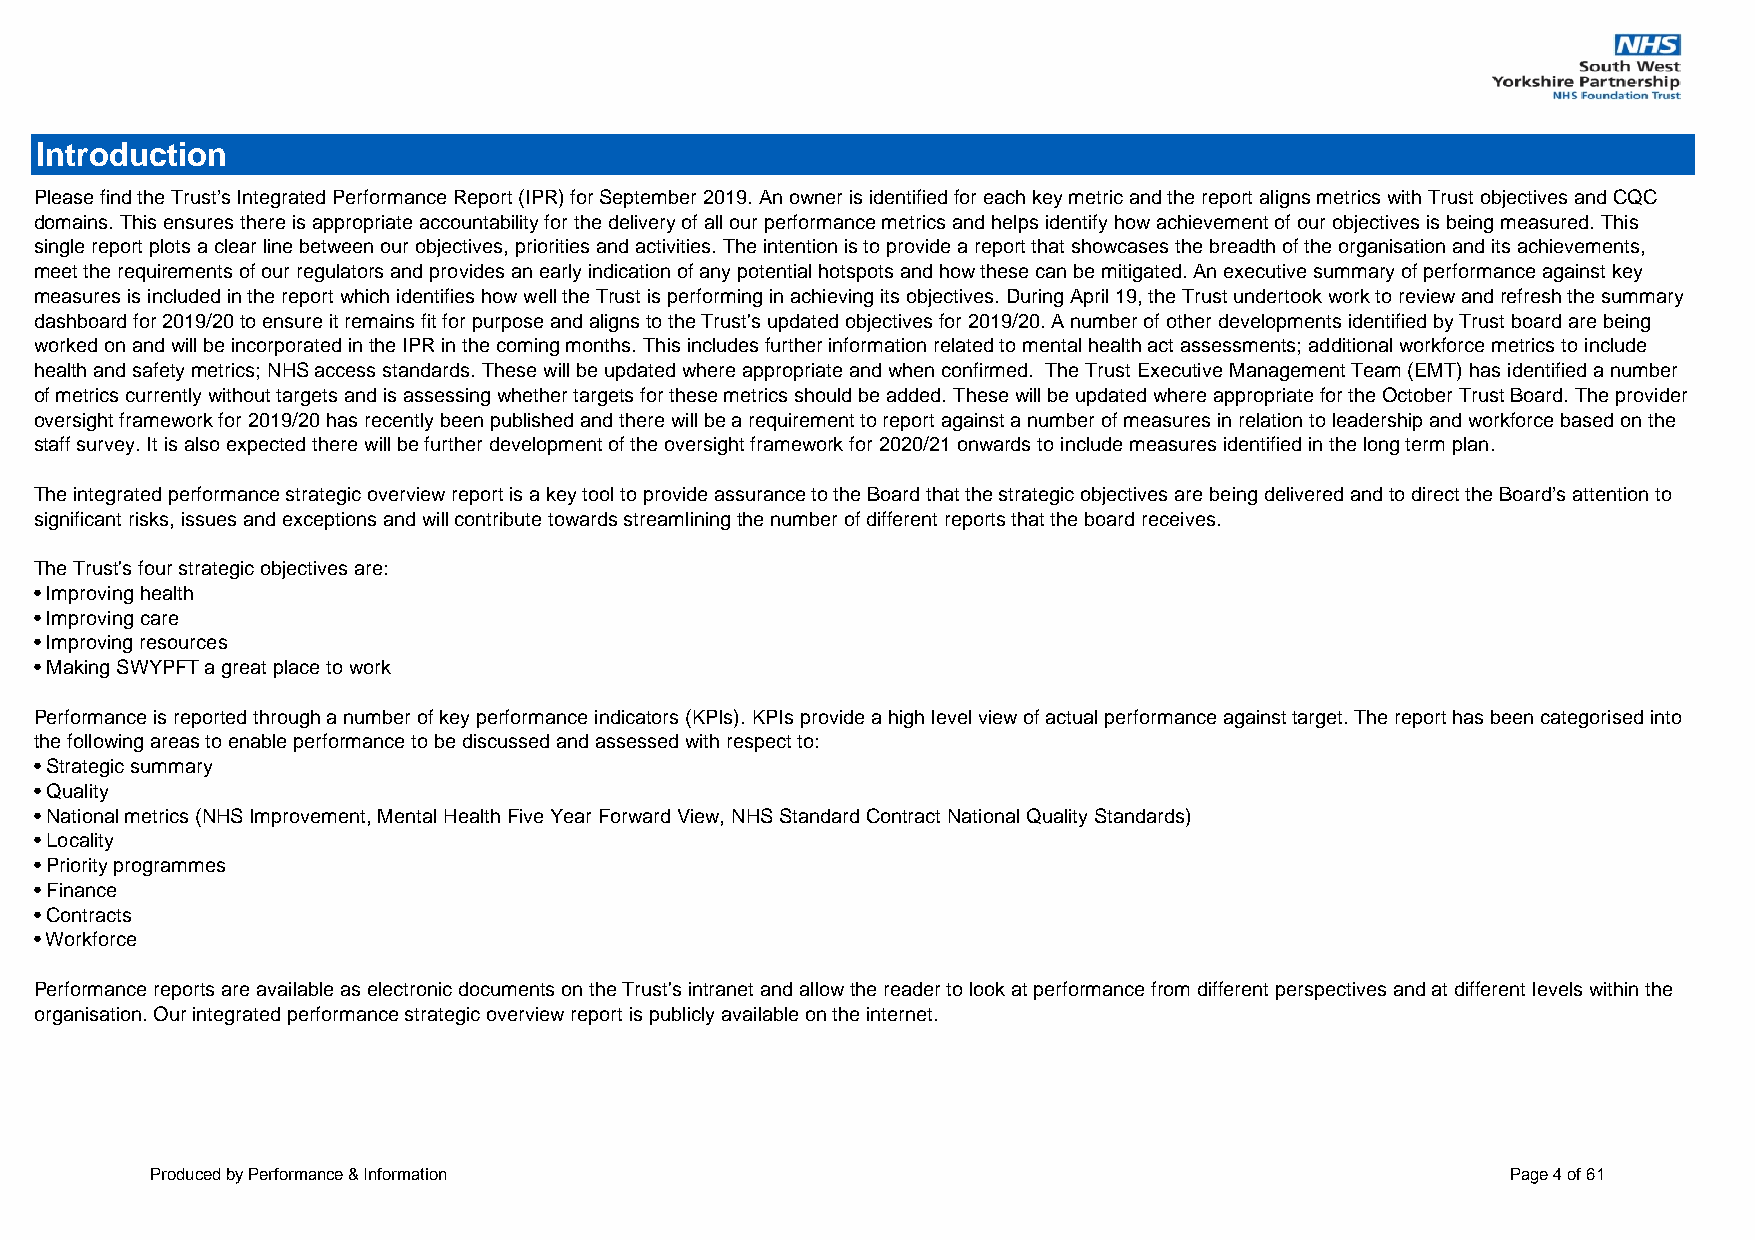
Introduction
 Please find the Trust’s Integrated Performance Report (IPR) for September 2019. An owner is identified for each key metric and the report aligns metrics with Trust objectives and CQC
 domains. This ensures there is appropriate accountability for the delivery of all our performance metrics and helps identify how achievement of our objectives is being measured. This
 single report plots a clear line between our objectives, priorities and activities. The intention is to provide a report that showcases the breadth of the organisation and its achievements,
 meet the requirements of our regulators and provides an early indication of any potential hotspots and how these can be mitigated. An executive summary of performance against key
 measures is included in the report which identifies how well the Trust is performing in achieving its objectives. During April 19, the Trust undertook work to review and refresh the summary
 dashboard for 2019/20 to ensure it remains fit for purpose and aligns to the Trust's updated objectives for 2019/20. A number of other developments identified by Trust board are being
 worked on and will be incorporated in the IPR in the coming months. This includes further information related to mental health act assessments; additional workforce metrics to include
 health and safety metrics; NHS access standards. These will be updated where appropriate and when confirmed. The Trust Executive Management Team (EMT) has identified a number
 of metrics currently without targets and is assessing whether targets for these metrics should be added. These will be updated where appropriate for the October Trust Board. The provider
 oversight framework for 2019/20 has recently been published and there will be a requirement to report against a number of measures in relation to leadership and workforce based on the
 staff survey. It is also expected there will be further development of the oversight framework for 2020/21 onwards to include measures identified in the long term plan.
 The integrated performance strategic overview report is a key tool to provide assurance to the Board that the strategic objectives are being delivered and to direct the Board’s attention to
 significant risks, issues and exceptions and will contribute towards streamlining the number of different reports that the board receives.
 The Trust's four strategic objectives are:
 • Improving health
 • Improving care
 • Improving resources
 • Making SWYPFT a great place to work
 Performance is reported through a number of key performance indicators (KPIs). KPIs provide a high level view of actual performance against target. The report has been categorised into
 the following areas to enable performance to be discussed and assessed with respect to:
 • Strategic summary
 • Quality
 • National metrics (NHS Improvement, Mental Health Five Year Forward View, NHS Standard Contract National Quality Standards)
 • Locality
 • Priority programmes
 • Finance
 • Contracts
 • Workforce
 Performance reports are available as electronic documents on the Trust's intranet and allow the reader to look at performance from different perspectives and at different levels within the
 organisation. Our integrated performance strategic overview report is publicly available on the internet.
 Produced by Performance & Information                                                     Page 4 of 61